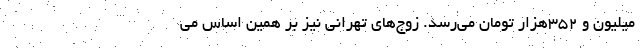
میلیون و ۳۵۲هزار تومان می‌رسد. زوج‌های تهرانی نیز بر همین اساس می